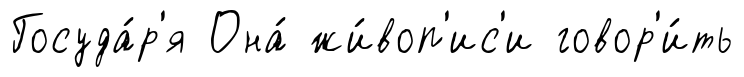
Госуда́р'я Она́ жи́воп'ис'и говор'и́ть